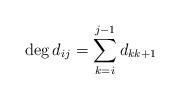
LaTeX: \begin{align*} \deg d_{ij} = \sum_{k=i}^{j-1} d_{k k+1}\end{align*}